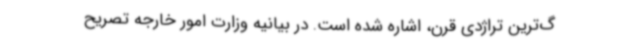
گ‌ترین تراژدی قرن، اشاره شده است. در بیانیه وزارت امور خارجه تصریح